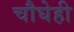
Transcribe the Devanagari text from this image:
चौघेही